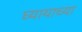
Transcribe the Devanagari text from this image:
घ्यायाच्या